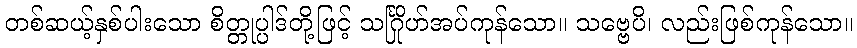
တစ်ဆယ့်နှစ်ပါးသော စိတ္တုပ္ပါဒ်တို့ဖြင့် သင်္ဂြိုဟ်အပ်ကုန်သော။ သဗ္ဗေပိ၊ လည်းဖြစ်ကုန်သော။